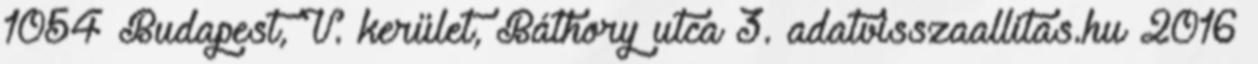
1054 Budapest, V. kerület, Báthory utca 3. adatvisszaallitas.hu 2016